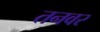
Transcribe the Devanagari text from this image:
तनवर